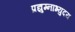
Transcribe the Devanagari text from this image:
प्रद्युम्नाभ्युदय